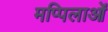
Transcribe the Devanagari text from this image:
मप्पिलाओं